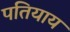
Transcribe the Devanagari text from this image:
पतियाय